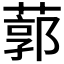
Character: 𦹐